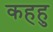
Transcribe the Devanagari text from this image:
कहहु